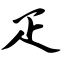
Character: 疋